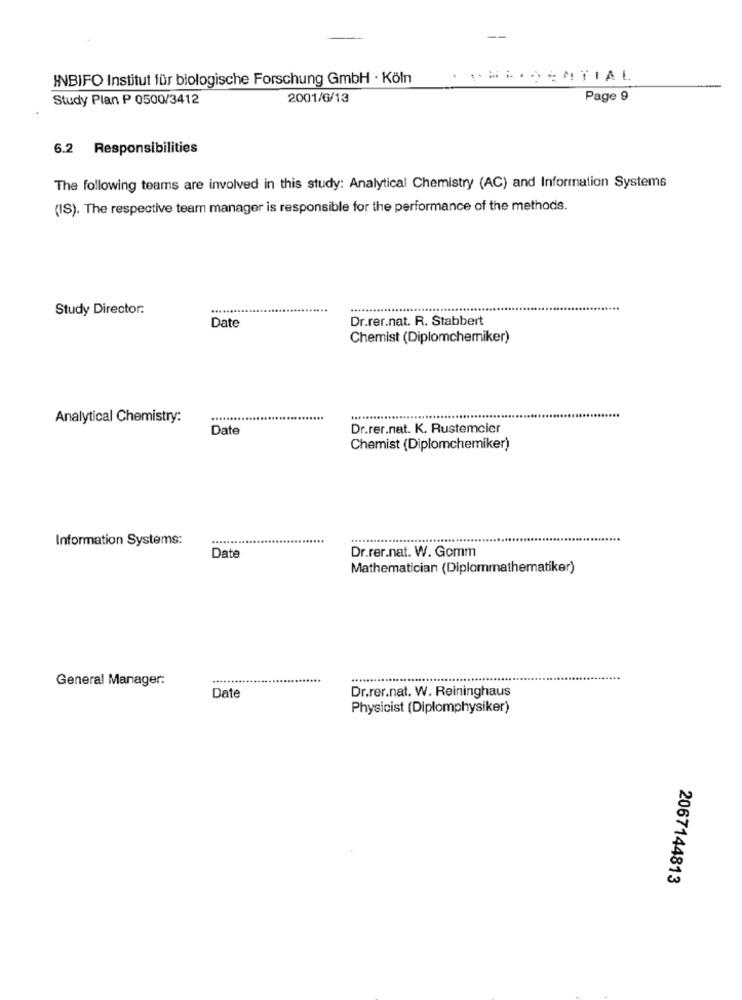
INBIFO Institut für biologische Forschung GmbH · Köln
..... DENTIAL
Study Plan P 0500/3412
2001/6/13
Page 9
6.2 Responsibilities
The following teams are involved in this study: Analytical Chemistry (AC) and Information Systems
(IS). The respective tearn manager is responsible for the performance of the methods.
Study Director:
....
Date
Dr.rer.nat. R. Stabbert
Chemist (Diplomchemiker)
Analytical Chemistry:
......
Date
Dr.rer.nat. K. Rustemcier
Chemist (Diplomchemiker)
Information Systems:
....
Date
Dr.rer.nat. W. Gomm
Mathematician (Diplommathematiker)
General Manager:
.........
Date
Dr.rer.nat. W. Reininghaus
Physicist (Diplomphysiker)
2067144813